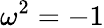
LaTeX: \omega^{2}=-1